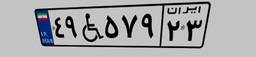
۴۹W۵۷۹۲۳